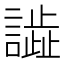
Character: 𧬃